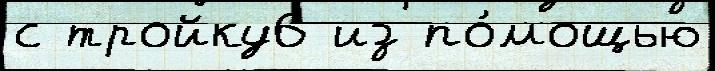
с тройку6 из по́мощью